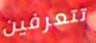
تتعرفين